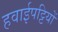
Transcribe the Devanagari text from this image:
हवाईपट्टियों